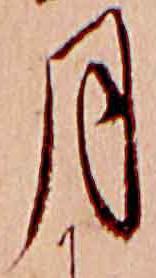
月